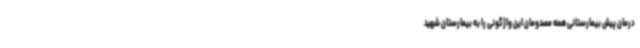
درمان پیش بیمارستانی همه مصدومان این واژگونی را به بیمارستان شهید